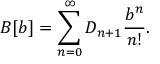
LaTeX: B [ b ] = \sum _ { n = 0 } ^ { \infty } D _ { n + 1 } \frac { b ^ { n } } { n ! } .